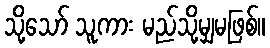
သို့သော် သူကား မည်သို့မျှမဖြစ်။